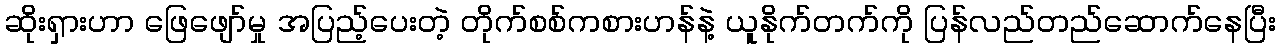
ဆိုးရှားဟာ ဖြေဖျော်မှု အပြည့်ပေးတဲ့ တိုက်စစ်ကစားဟန်နဲ့ ယူနိုက်တက်ကို ပြန်လည်တည်ဆောက်နေပြီး